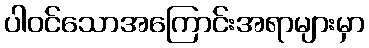
ပါဝင်သောအကြောင်းအရာများမှာ